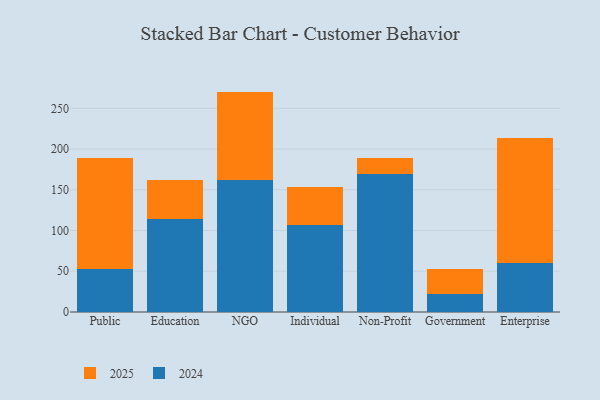
{"axis": {"x": "Segment", "y": "Net Income (USD K)"}, "legend": ["2024", "2025"], "data": [{"x": "Public", "y": 52.3, "type": "2024"}, {"x": "Public", "y": 136.7, "type": "2025"}, {"x": "Education", "y": 113.8, "type": "2024"}, {"x": "Education", "y": 48.6, "type": "2025"}, {"x": "NGO", "y": 161.6, "type": "2024"}, {"x": "NGO", "y": 108.9, "type": "2025"}, {"x": "Individual", "y": 106.6, "type": "2024"}, {"x": "Individual", "y": 46.8, "type": "2025"}, {"x": "Non-Profit", "y": 168.9, "type": "2024"}, {"x": "Non-Profit", "y": 19.5, "type": "2025"}, {"x": "Government", "y": 21.8, "type": "2024"}, {"x": "Government", "y": 31.5, "type": "2025"}, {"x": "Enterprise", "y": 60.6, "type": "2024"}, {"x": "Enterprise", "y": 152.5, "type": "2025"}]}